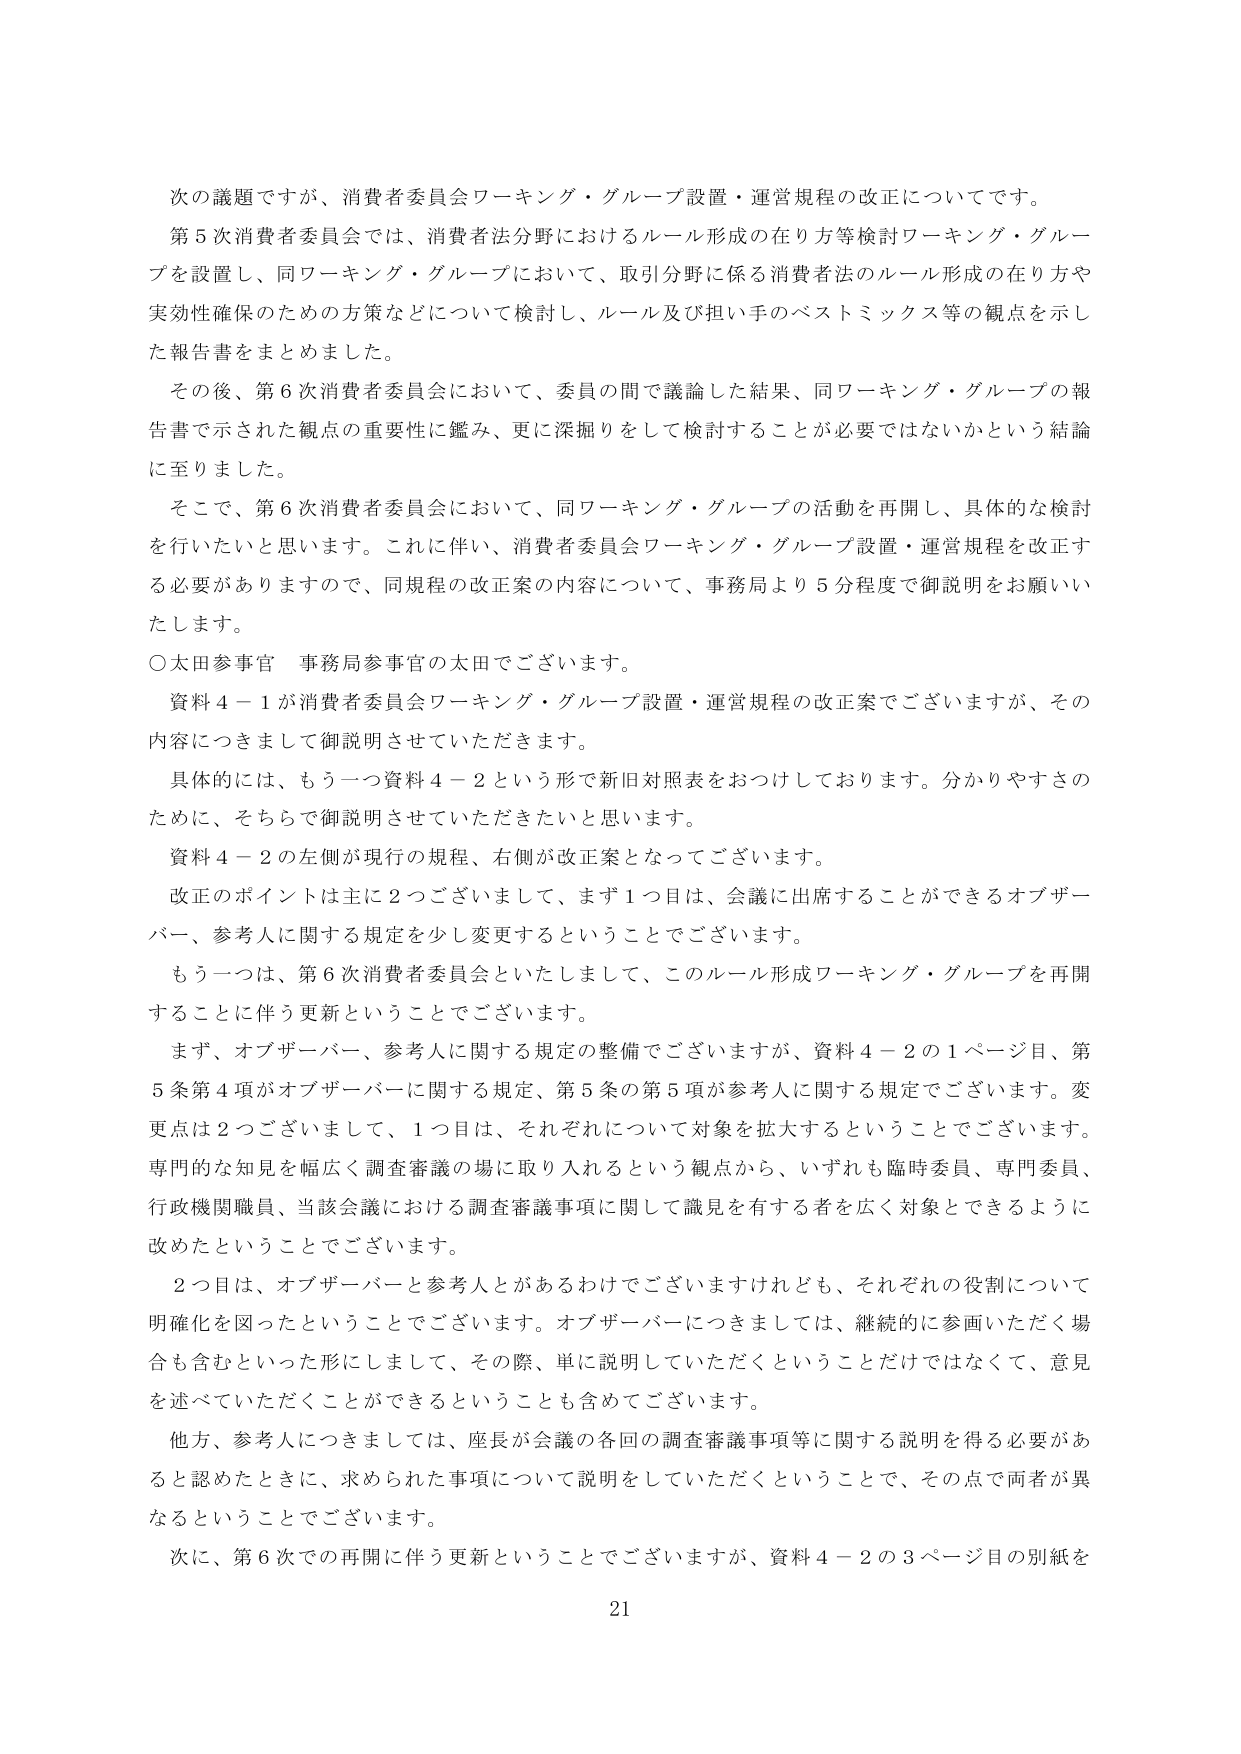
次の議題ですが、消費者委員会ワーキング・グループ設置・運営規程の改正についてです。
第5次消費者委員会では、消費者法分野におけるルール形成の在り方等検討ワーキング・グループを設置し、同ワーキング・グループにおいて、取引分野に係る消費者法のルール形成の在り方や実効性確保のための方策などについて検討し、ルール及び担い手のベストミックス等の観点を示した報告書をまとめました。
その後、第6次消費者委員会において、委員の間で議論した結果、同ワーキング・グループの報告書で示された観点の重要性に鑑み、更に深掘りをして検討することが必要ではないかという結論に至りました。
そこで、第6次消費者委員会において、同ワーキング・グループの活動を再開し、具体的な検討を行いたいと思います。これに伴い、消費者委員会ワーキング・グループ設置・運営規程を改正する必要がありますので、同規程の改正案の内容について、事務局より5分程度で御説明をお願いいたします。
○太田参事官 事務局参事官の太田でございます。
資料4－1が消費者委員会ワーキング・グループ設置・運営規程の改正案でございますが、その内容につきまして御説明させていただきます。
具体的には、もう一つ資料4－2という形で新旧対照表をおつけしております。分かりやすさのために、そちらで御説明させていただきたいと思います。
資料4－2の左側が現行の規程、右側が改正案となってございます。
改正のポイントは主に2つございまして、まず1つ目は、会議に出席することができるオブザーバー、参考人に関する規定を少し変更するということでございます。
もう一つは、第6次消費者委員会といたしまして、このルール形成ワーキング・グループを再開することに伴う更新ということでございます。
まず、オブザーバー、参考人に関する規定の整備でございますが、資料4－2の1ページ目、第5条第4項がオブザーバーに関する規定、第5条の第5項が参考人に関する規定でございます。変更点は2つございまして、1つ目は、それぞれについて対象を拡大するということでございます。専門的な知見を幅広く調査審議の場に取り入れるという観点から、いずれも臨時委員、専門委員、行政機関職員、当該会議における調査審議事項に関して識見を有する者を広く対象できるように改めたということでございます。
2つ目は、オブザーバーと参考人とがあるわけでございますけれども、それぞれの役割について明確化を図ったということでございます。オブザーバーにつきましては、継続的に参画いただく場合も含むといった形にしまして、その際、単に説明していただくということだけではなくて、意見を述べていただくことができるということも含めてございます。
他方、参考人につきましては、座長が会議の各回の調査審議事項等に関する説明を得る必要があると認めたときに、求められた事項について説明をしていただくということで、その点で両者が異なるということでございます。
次に、第6次での再開に伴う更新ということでございますが、資料4－2の3ページ目の別紙を
21